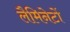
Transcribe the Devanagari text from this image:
लैमिनेटों